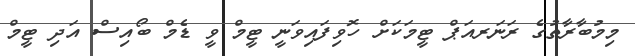
މިމުބާރާތުގެ ރަނަރއަޕް ޓީމަކަށް ހޮވިފައިވަނީ ޓީމް ވީ ޑެމް ބޯއިސް އަދި ޓީމް